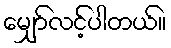
မျှော်လင့်ပါတယ်။